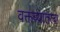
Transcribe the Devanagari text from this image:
वक्तव्यातला